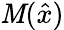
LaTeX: \mathit{M}({\hat{{x}}})